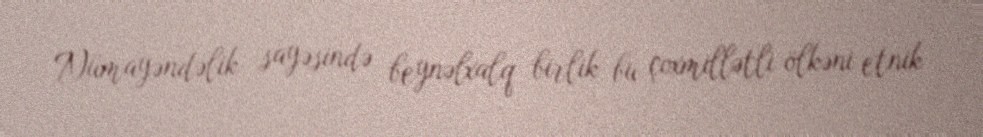
Nümayəndəlik sayəsində beynəlxalq birlik bu çoxmillətli ölkəni etnik